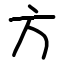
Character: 方